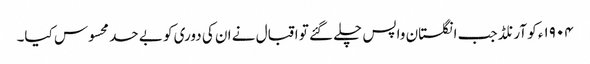
١٩٠۴ء کو آرنلڈ جب انگلستان واپس چلے گئے تو اقبال نے ان کی دوری کو بے حد محسوس کیا۔